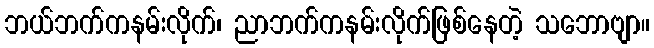
ဘယ်ဘက်ကနမ်းလိုက်၊ ညာဘက်ကနမ်းလိုက်ဖြစ်နေတဲ့ သဘောဗျာ။